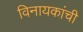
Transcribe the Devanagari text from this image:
विनायकांची